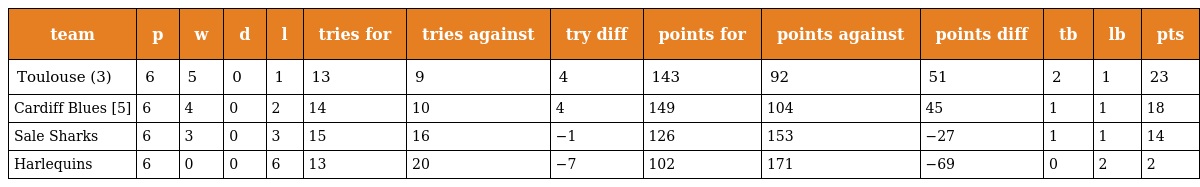
| team | p | w | d | l | tries for | tries against | try diff | points for | points against | points diff | tb | lb | pts |
 | --- | --- | --- | --- | --- | --- | --- | --- | --- | --- | --- | --- | --- | --- |
 | Toulouse (3) | 6 | 5 | 0 | 1 | 13 | 9 | 4 | 143 | 92 | 51 | 2 | 1 | 23 |
 | Cardiff Blues [5] | 6 | 4 | 0 | 2 | 14 | 10 | 4 | 149 | 104 | 45 | 1 | 1 | 18 |
 | Sale Sharks | 6 | 3 | 0 | 3 | 15 | 16 | −1 | 126 | 153 | −27 | 1 | 1 | 14 |
 | Harlequins | 6 | 0 | 0 | 6 | 13 | 20 | −7 | 102 | 171 | −69 | 0 | 2 | 2 |